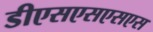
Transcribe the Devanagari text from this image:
डीएसएसएसएस